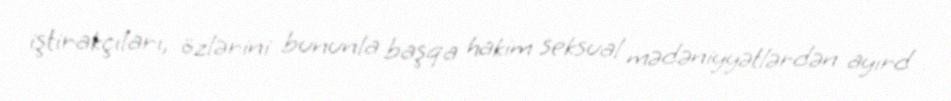
iştirakçıları, özlərini bununla başqa hakim seksual mədəniyyətlərdən ayırd